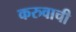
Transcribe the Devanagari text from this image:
करुवाची